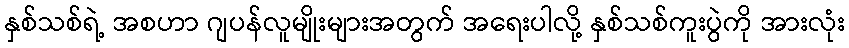
နှစ်သစ်ရဲ့ အစဟာ ဂျပန်လူမျိုးများအတွက် အရေးပါလို့ နှစ်သစ်ကူးပွဲကို အားလုံး